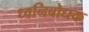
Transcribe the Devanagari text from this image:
ध्वनिबोधक